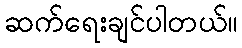
ဆက်ရေးချင်ပါတယ်။